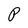
Character: P